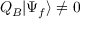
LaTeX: Q _ { B } | \Psi _ { f } \rangle \neq 0